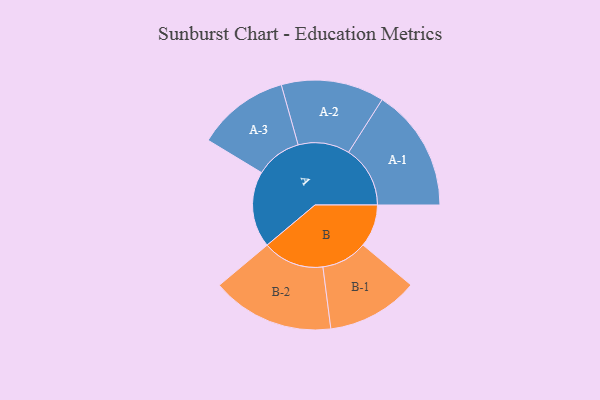
{"axis": {"x": "Segment", "y": "Value"}, "legend": ["", "A", "B"], "data": [{"x": "A", "y": 365, "type": ""}, {"x": "B", "y": 204, "type": ""}, {"x": "A-1", "y": 295, "type": "A"}, {"x": "A-2", "y": 247, "type": "A"}, {"x": "A-3", "y": 221, "type": "A"}, {"x": "B-1", "y": 220, "type": "B"}, {"x": "B-2", "y": 294, "type": "B"}]}